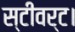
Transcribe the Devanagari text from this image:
स्टीवर्ट।